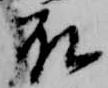
殿